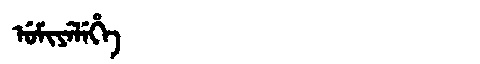
Manchu: ᡠᠮᡳᠶᡝᠯᡝᡥᡝ
Romanization: UMIYELEHE